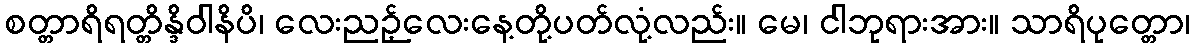
စတ္တာရိရတ္တိန္ဒိဝါနိပိ၊ လေးညဉ့်လေးနေ့တို့ပတ်လုံ့လည်း။ မေ၊ ငါဘုရားအား။ သာရိပုတ္တော၊